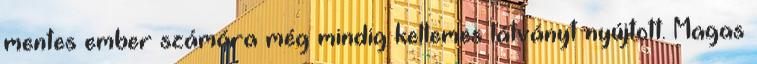
mentes ember számára még mindig kellemes látványt nyújtott. Magas